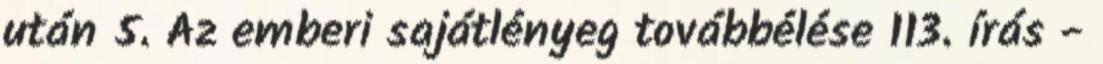
után 5. Az emberi sajátlényeg továbbélése 113. írás -